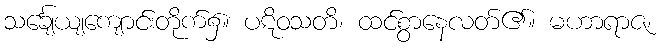
သင်္ချေယျကျောင်းတိုက်၌။ ပဋိဝသတိ၊ ထင်စွာနေလတ်၏။ မဟာရာဇ၊